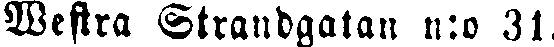
Westra Strandgatan n:o 31.